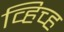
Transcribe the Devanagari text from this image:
व्हिच्ह